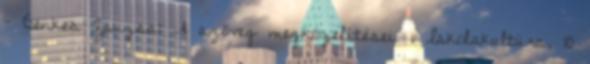
- Benkes Zsuzsa: A szöveg megközelítései . Iskolakultúra, 10